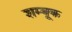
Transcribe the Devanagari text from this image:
शम्बूक